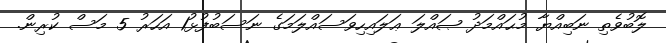
ލޮބުވެތި ނަބިއްޔާ މުޙައްމަދު ޞައްލަ ޢަލައިހިވަސައްލަމަގެ ނަސަބުފުޅު1 އަހަރު 5 މަސް ކުރިން.